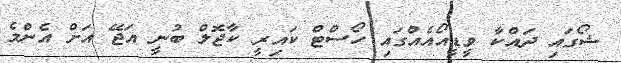
ޝޯގައި ދައްކާ ވީޑީއޯއެއްގައި ހޯސްޓް ކައިރީ ކާޖޮލް ބުނީ އަޖޭ އަށް އެންމެ